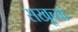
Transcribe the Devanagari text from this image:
सखूच्या